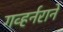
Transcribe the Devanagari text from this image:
गव्हर्नराने